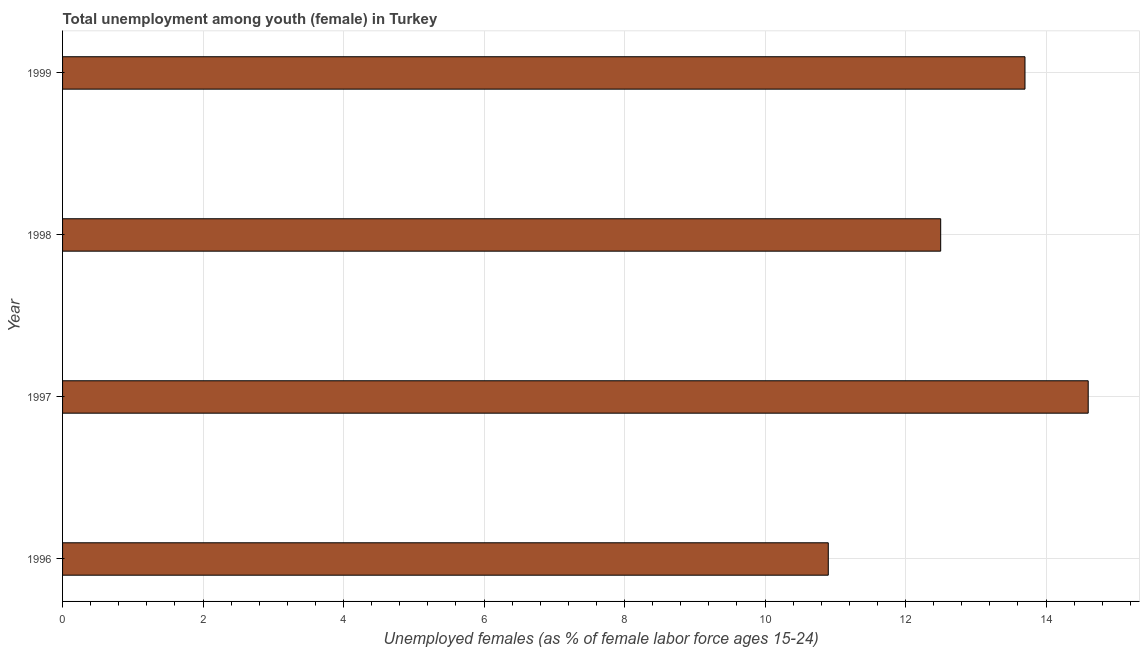
| Year | Unemployment |
 | --- | --- |
 | 1996 | 10.9 |
 | 1997 | 14.6 |
 | 1998 | 12.5 |
 | 1999 | 13.7 |